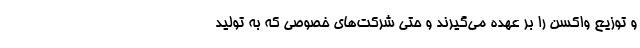
و توزیع واکسن را بر عهده می‌گیرند و حتی شرکت‌های خصوصی که به تولید